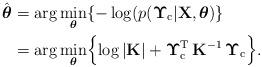
LaTeX: \begin{align*}\hat{\boldsymbol{\theta}} & =\arg\underset{\boldsymbol{\theta}}{\min}\{-\log(p(\boldsymbol{\Upsilon}_{\mathrm{c}}\vert\mathbf{X},\boldsymbol{\theta})\} \\ & =\arg\underset{\boldsymbol{\theta}}{\min}\Bigl\{\log|\mathbf{K}|+\boldsymbol{\Upsilon}_{\mathrm{c}}^{\mathrm{T}}\,\mathbf{K}{}^{-1}\,\boldsymbol{\Upsilon}_{\mathrm{c}}\Bigr\}.\end{align*}